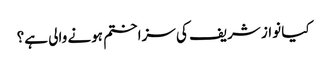
کیا نواز شریف کی سزا ختم ہونے والی ہے؟